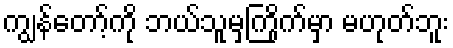
ကျွန်တော့်ကို ဘယ်သူမှကြိုက်မှာ မဟုတ်ဘူး